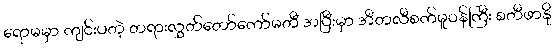
ရောမမှာ ကျင်းပတဲ့ တရားလွှတ်တော်ကော်မတီ အပြီးမှာ အီတလီစက်မှုဝန်ကြီး စတီဖာနို